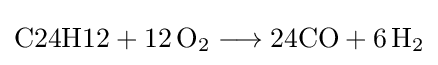
{{\text{C24H12}}{}+{}12\,\mathrm {O} {\vphantom {A}}_{\smash[{t}]{2}}{}\mathrel {\longrightarrow } {}{\text{24CO}}{}+{}6\,\mathrm {H} {\vphantom {A}}_{\smash[{t}]{2}}}